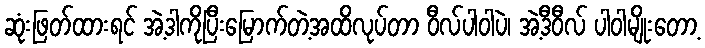
ဆုံးဖြတ်ထားရင် အဲ့ဒါကိုပြီးမြောက်တဲ့အထိလုပ်တာ ဝီလ်ပါဝါပဲ၊ အဲ့ဒီဝီလ် ပါဝါမျိုးတော့